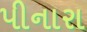
પીનારા